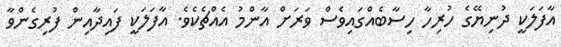
އާފަލަކީ ދުނިޔޭގެ ހުރިހާ ހިސާބެއްްގައިވެސް ވަރަށް އާންމު އެއްޗެކެވެ. އާފަލަކީ ފައިދާއިން ފުރިގެންވާ